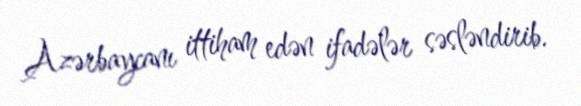
Azərbaycanı ittiham edən ifadələr səsləndirib.